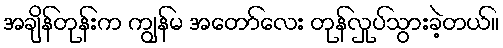
အချိန်တုန်းက ကျွန်မ အတော်လေး တုန်လှုပ်သွားခဲ့တယ်။